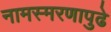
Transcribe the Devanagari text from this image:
नामस्मरणापुढे